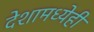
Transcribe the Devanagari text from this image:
देशामध्येही